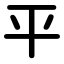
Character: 平